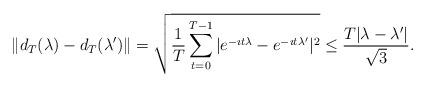
LaTeX: \begin{align*} \| d_T(\lambda) - d_T(\lambda') \| = \sqrt{\frac{1}{T} \sum_{t=0}^{T-1} |e^{-\imath t\lambda}-e^{-\imath t\lambda'}|^2} \leq \frac{T|\lambda-\lambda'|}{\sqrt{3}} . \end{align*}